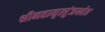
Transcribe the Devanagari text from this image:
श्रीमहामृत्युंजयदेव